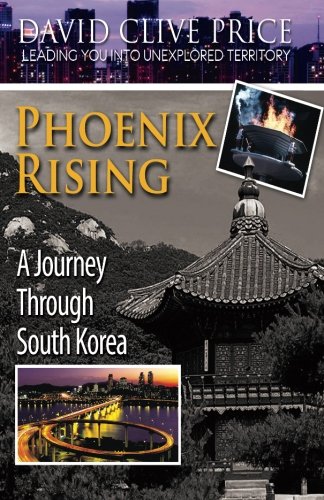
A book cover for Phoenix Rising: A Journey Through South Korea (Taking You Into Unexplored Territory) (Volume 1); David Clive Price; Travel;